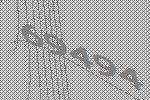
69494